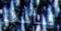
سانسا